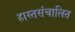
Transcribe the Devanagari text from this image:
हास्तसंचालित